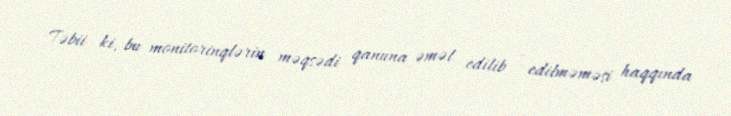
Təbii ki, bu monitorinqlərin məqsədi qanuna əməl edilib - edilməməsi haqqında